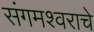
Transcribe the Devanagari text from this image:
संगमश्वराचे